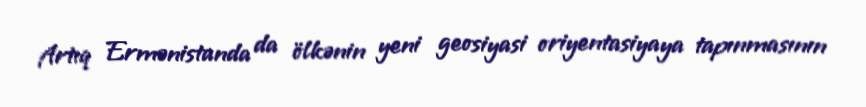
Artıq Ermənistanda da ölkənin yeni geosiyasi oriyentasiyaya tapınmasının